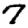
Digit: 7